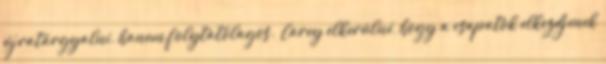
újratárgyalni, hanem folytatólagos.” Carey elkerülné, hogy a csapatok elkezdjenek